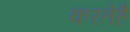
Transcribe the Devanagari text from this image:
करतेहैं